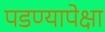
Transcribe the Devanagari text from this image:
पडण्यापेक्षा